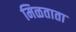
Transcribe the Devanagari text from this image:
मिळताता